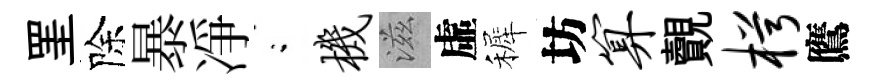
罣除暴凈閤机滋虛裤坊算覿枵鷹